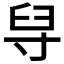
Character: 𦥘